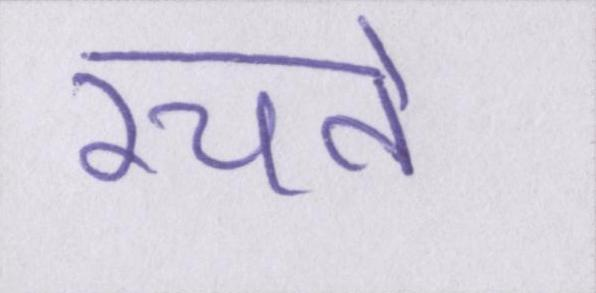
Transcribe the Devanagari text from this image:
रचते